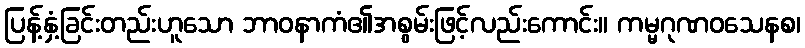
ပြန့်နှံ့ခြင်းတည်းဟူသော ဘာဝနာကံ၏အစွမ်းဖြင့်လည်းကောင်း။ ကမ္မဂုဏဝသေနစ၊